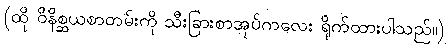
(ထို ဝိနိစ္ဆယစာတမ်းကို သီးခြားစာအုပ်ကလေး ရိုက်ထားပါသည်။)